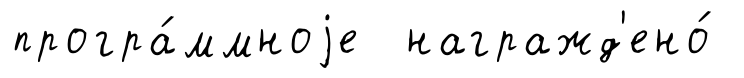
програ́ммноjе награжд'ено́